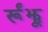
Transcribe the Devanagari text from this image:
र्रूंझू